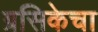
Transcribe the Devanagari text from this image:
ग्रसिकेचा